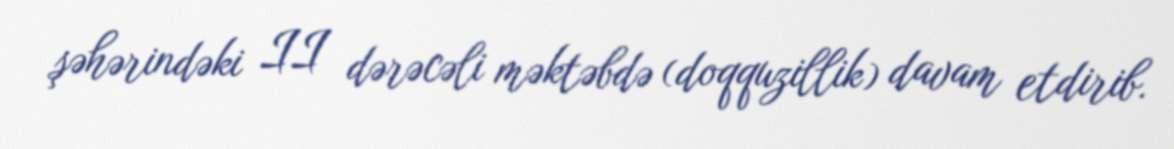
şəhərindəki II dərəcəli məktəbdə (doqquzillik) davam etdirib.